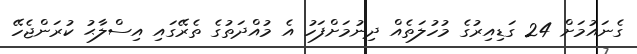
ގެނައުމަށް 24 ގަޑިއިރުގެ މުހުލަތެއް ދިނުމަށްފަހު އެ މުއްދަތުގެ ތެރޭގައި އިސްލާޙު ކުރަންޖެހޭ